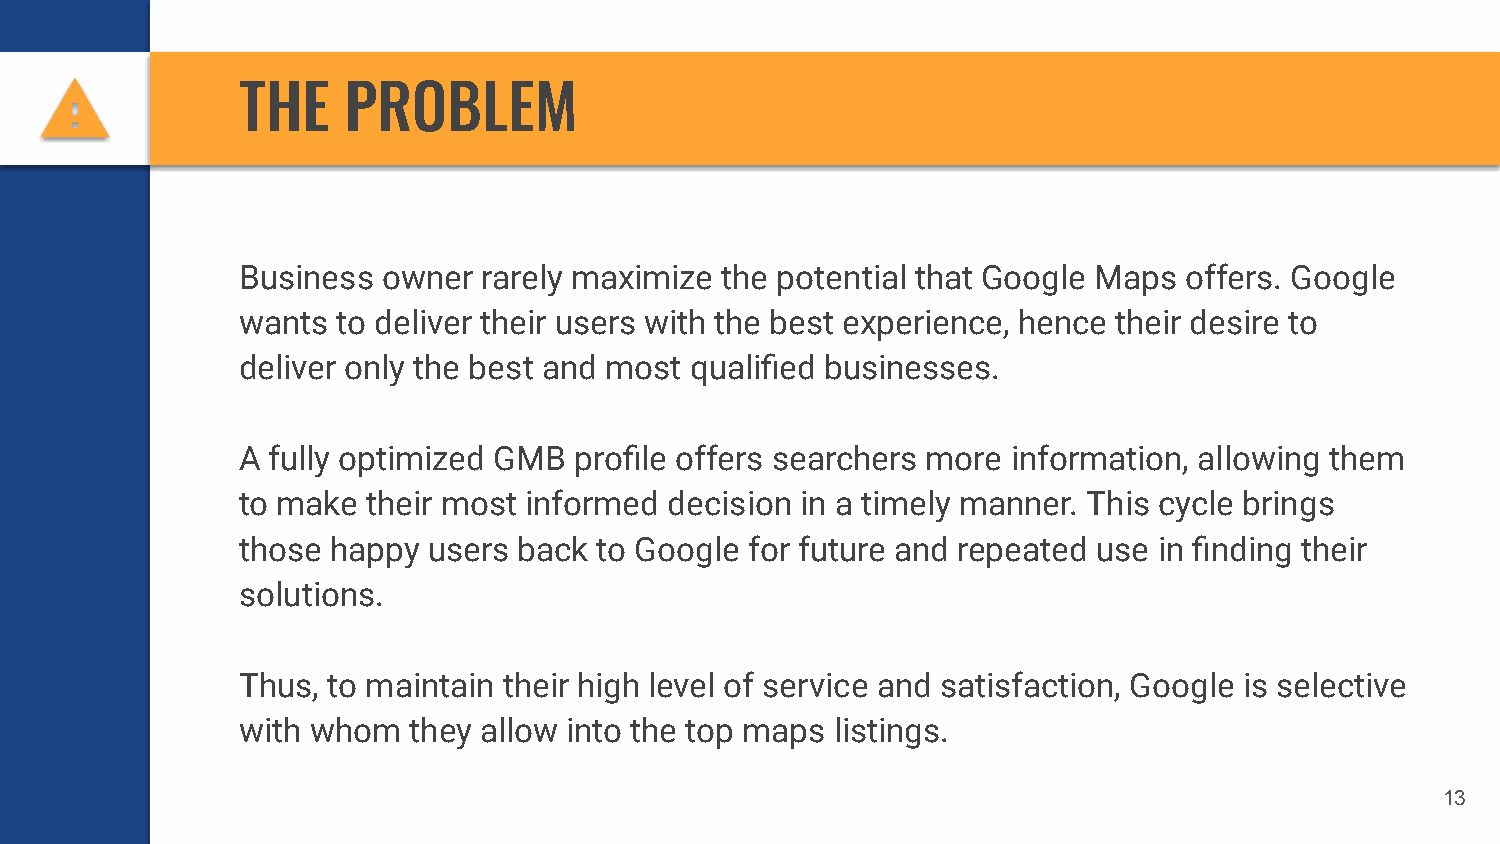
THE    PROBLEM
 Business owner  rarely maximize the potential that Google Maps offers. Google
 wants to deliver their users with the best experience, hence their desire to
 deliver only the best and most qualified businesses.
 A fully optimized GMB profile offers searchers more information, allowing them
 to make their most informed decision in a timely manner. This cycle brings
 those happy users back  to Google for future and repeated use in finding their
 solutions.
 Thus, to maintain their high level of service and satisfaction, Google is selective
 with whom  they allow into the top maps listings.
 13